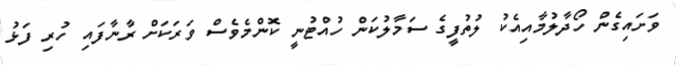
ވަށައިގެން ހޯދާލުމާއިއެކު ލުތުފީގެ ސަމާލުކަން ހުއްޓުނީ ކޮންމެވެސް ވަރަކަށް ރާނާފައި ހުރި ފަޅު